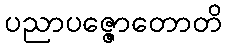
ပညာပဇ္ဇောတောတိ